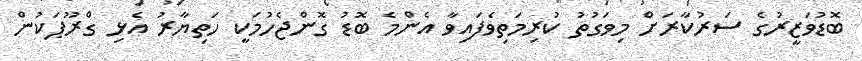
ބޮޑުވަޒީރުގެ ސަރުކާރަށް މިވަގުތު ކުރިމަތިވެފައިވާ އެންމެ ބޮޑު ގޮންޖެހުމަކީ ހަތިޔާރު އެޅި ގްރޫޕަކުން